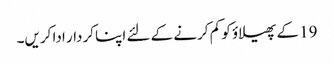
19 کے پھیلاؤ کو کم کرنے کے لئے اپنا کردار ادا کریں۔